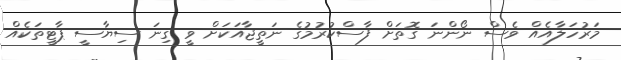
މަރުހަލާއެއް ވެސް ނޯންނަ ގޮތަށް ފާސްކުރުމުގެ ނަތީޖާއަކަށް ވީ ގިނަ ސިޔާސީ ޕާޓީތަކެއް